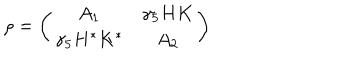
LaTeX: \rho = \left( \begin{matrix} { { A _ { 1 } } } & { { \gamma _ { 5 } H K } } \\ { { \gamma _ { 5 } H ^ { * } K ^ { * } } } & { { A _ { 2 } } } \\ \end{matrix} \right)